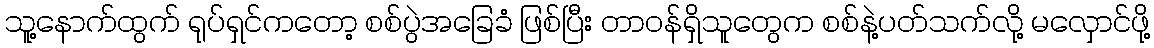
သူ့နောက်ထွက် ရုပ်ရှင်ကတော့ စစ်ပွဲအခြေခံ ဖြစ်ပြီး တာဝန်ရှိသူတွေက စစ်နဲ့ပတ်သက်လို့ မလှောင်ဖို့